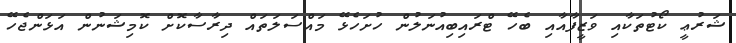
ޝަރުޢީ ކޯޓުތަކާއި ވަޒީފާއާއި ބެހޭ ޓްރައިބިއުނަލުން ހުށަހެޅޭ މައްސަލަތައް ދިރާސާކޮށް ކޮމިޝަނުން އަޅަންޖެހޭ